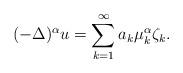
LaTeX: \begin{align*}(-\Delta)^\alpha u=\sum_{k=1}^\infty a_k\mu_k^{\alpha}\zeta_k.\end{align*}